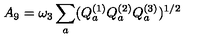
A _ { 9 } = \omega _ { 3 } \sum _ { a } ( Q _ { a } ^ { ( 1 ) } Q _ { a } ^ { ( 2 ) } Q _ { a } ^ { ( 3 ) } ) ^ { 1 / 2 }